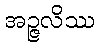
အဉ္ဇလိဿ